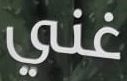
غني